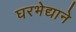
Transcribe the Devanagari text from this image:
घरभेद्याने